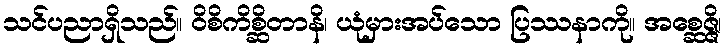
သင်ပညာရှိသည်။ ဝိစိကိစ္ဆိတာနိ၊ ယုံမှားအပ်သော ပြဿနာကို။ အစ္ဆေဇ္ဇိ၊